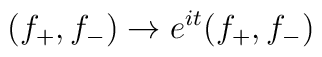
( f_+, f_- ) \to e^{it} ( f_+, f_- )